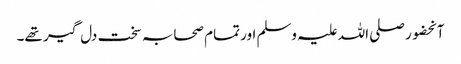
آنحضور صلی اللہ علیہ وسلم اور تمام صحابہ سخت دل گیر تھے۔